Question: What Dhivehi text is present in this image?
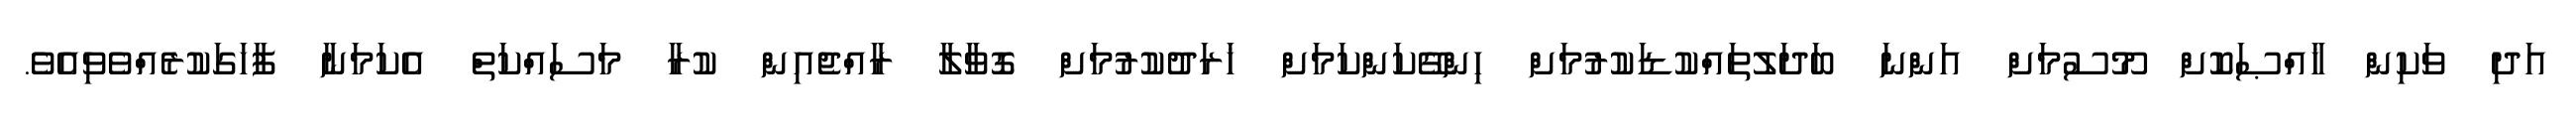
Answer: އަދި ވަކިން ޚާއްޞަކޮށް މޫސުމަށް އަންނަ ބަދަލުތައްކުޑަކުރުމަށް ހިންގޭކަންކަމަށް ޚަރަދުކުރުމަށް ގޮވާލާ ރާއްޖެއިން ކުރާ މަސައްކަތް އެކަމަނާ ފާހަގަކުރެއްވެވިއެވެ.